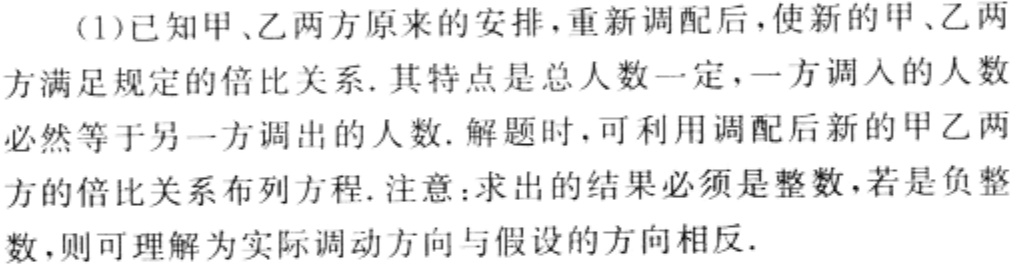
(1)已知甲、乙两方原来的安排，重新调配后，使新的甲、乙两方满足规定的倍比关系. 其特点是总人数一定，一方调入的人数必然等于另一方调出的人数. 解题时，可利用调配后新的甲乙两方的倍比关系布列方程. 注意：求出的结果必须是整数，若是负整数，则可理解为实际调动方向与假设的方向相反.